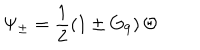
LaTeX: \Psi _ { \pm } = \frac { 1 } { 2 } \left( 1 \pm G _ { 9 } \right) \Theta